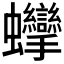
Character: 𧖘